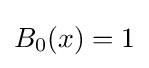
B_{0}(x)=1